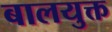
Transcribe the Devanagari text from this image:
बालयुक्त